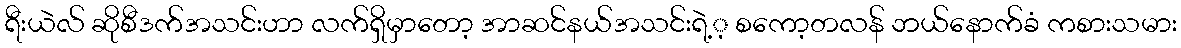
ရီးယဲလ် ဆိုစီဒက်အသင်းဟာ လက်ရှိမှာတော့ အာဆင်နယ်အသင်းရဲ့့ စကော့တလန် ဘယ်နောက်ခံ ကစားသမား